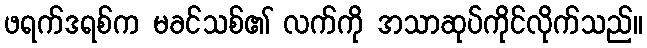
ဖရက်ဒရစ်က မခင်သစ်၏ လက်ကို အသာဆုပ်ကိုင်လိုက်သည်။